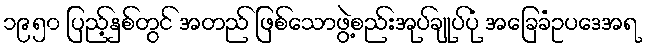
၁၉၅၀ ပြည့်နှစ်တွင် အတည် ဖြစ်သောဖွဲ့စည်းအုပ်ချုပ်ပုံ အခြေခံဥပဒေအရ